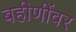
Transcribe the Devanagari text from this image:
बहीणींवर